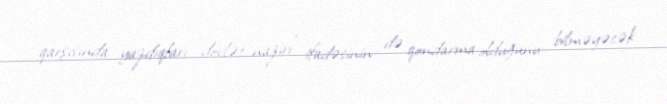
qarşısında yazdıqları “dövlət naziri” ifadəsinin də qondarma olduğunu bilməyəcək